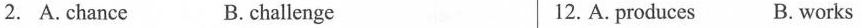
2. A. chance B. challenge 12. A. produces B. works